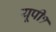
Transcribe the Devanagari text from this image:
यूपी१